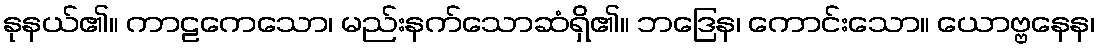
နုနယ်၏။ ကာဠကေသော၊ မည်းနက်သောဆံရှိ၏။ ဘဒြေန၊ ကောင်းသော။ ယောဗ္ဗနေန၊